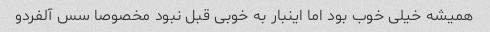
همیشه خیلی خوب بود اما اینبار به خوبی قبل نبود مخصوصا سس آلفردو